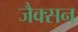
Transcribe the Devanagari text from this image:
जैक्‍सन